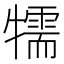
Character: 㹘